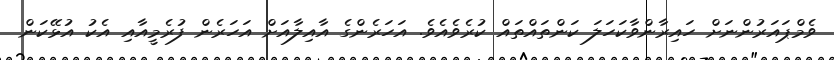
ވެމްޕައަރުންނަށް ހައިރާންވާކަހަލަ ކަންތައްތައް ކުރެވެއެވެ. އަހަރެންގެ އާއިލާއަށް އަހަރެން ފުރެމީއާއި އެކު އުޅޭކަން